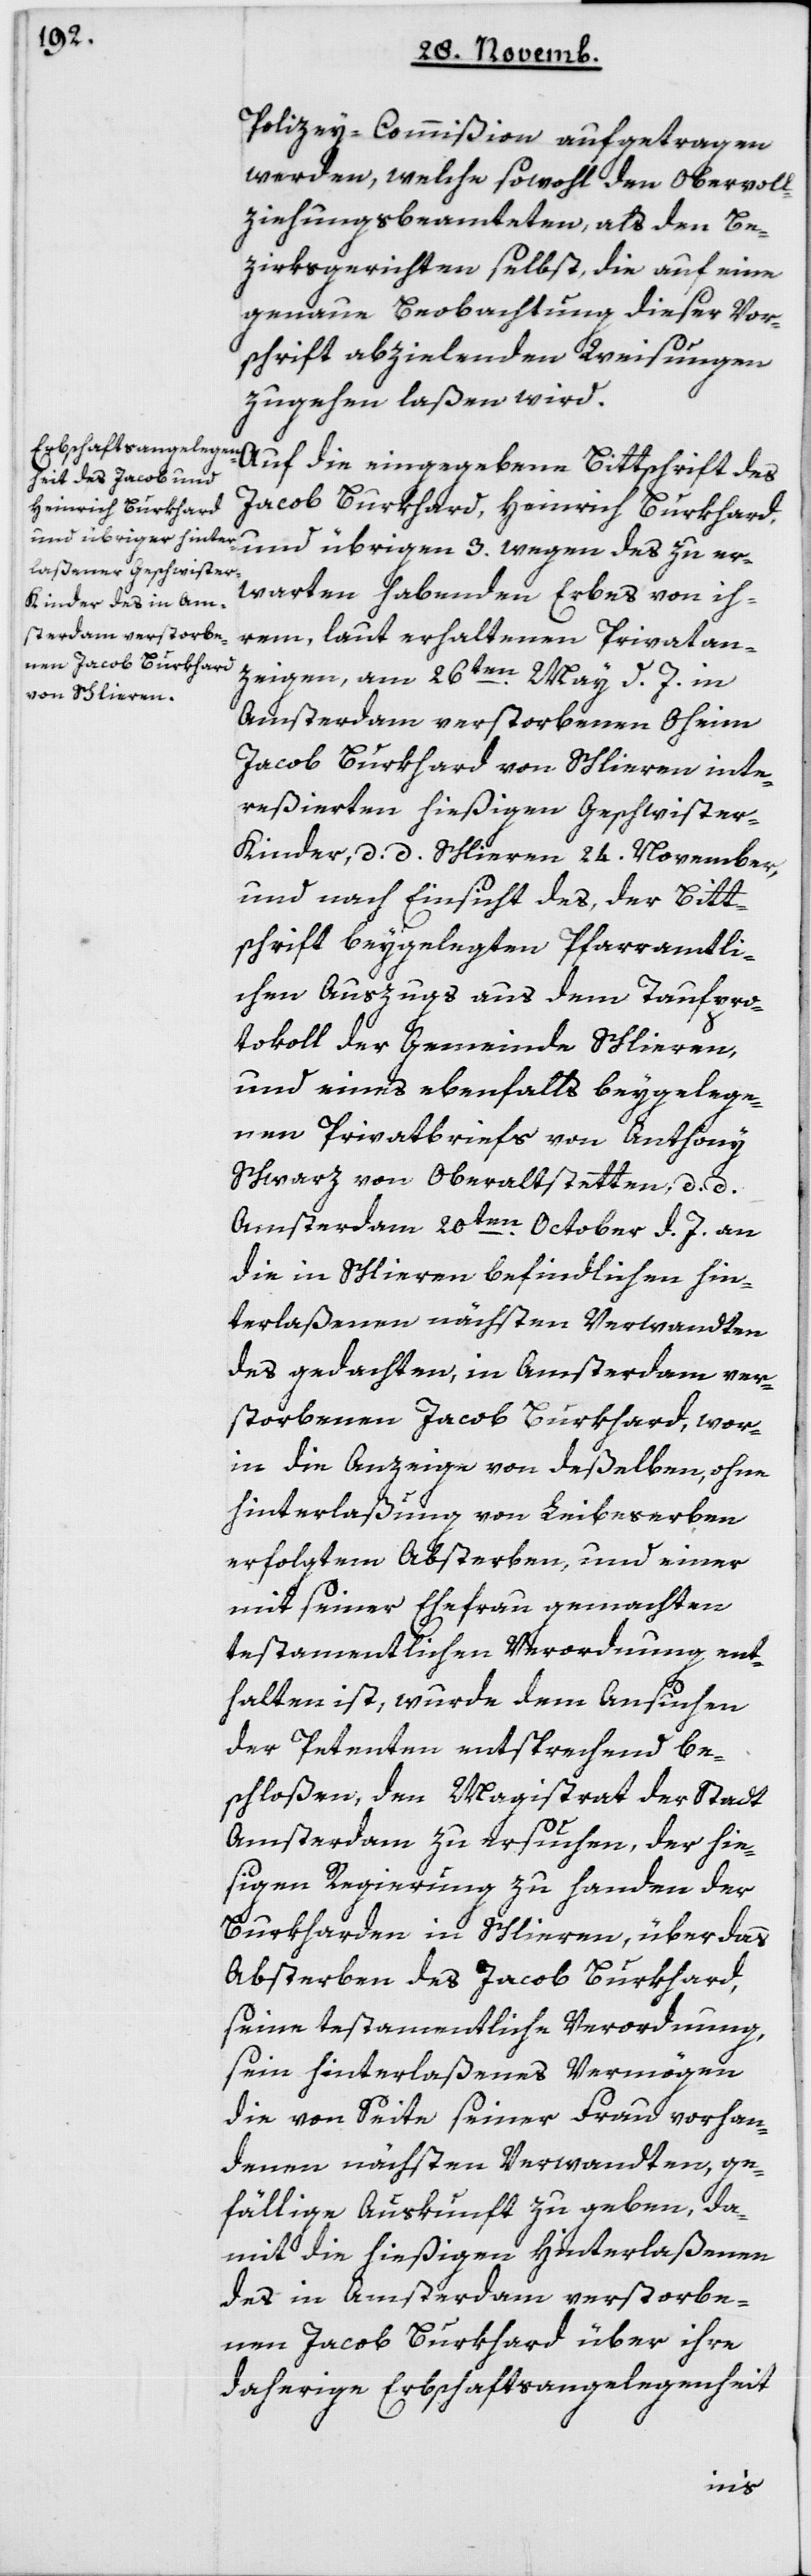
Polizey-Commißion aufgetragen
werden, welche sowohl den Obervoll¬
ziehungs-Beamteten als den Be¬
zirksgerichten selbst, die auf eine
genaue Beobachtung dieser Vor¬
schrift abzielenden Weisungen
zugehen laßen wird.
Auf die eingegeben Bittschrift des
Jacob Burkhard, Heinrich Burkhard,
und übrigen drey wegen des zu er¬
warten habenden Erbes von ih¬
rem, laut erhaltenen Privatan¬
zeigen, am 26ten May d. J. in
Amsterdam verstorbenen Oheim
Jacob Burkhard von Schlieren inte¬
reßierten hießigen Geschwiste¬
r-Kinder, datiert Schlieren 24ten November,
und nach Einsicht des, der Bitt¬
schrift beygelegten pfarramtli¬
chen Auszugs aus dem Taufpro¬
tokoll der Gemeinde Schlieren,
und eines ebenfalls beygelege¬
nen Privatbriefs von Anthony
Schwarz von Oberaltstetten, d. d.
Amsterdam 20ten October d. J. an
die in Schlieren befindlichen Hin¬
terlaßenen nächsten Verwandten
des gedachten, in Amsterdam ver¬
storbenen Jacob Burkhard, wor¬
inn die Anzeige von deßelben, ohne
Hinterlaßung von Leibeserben
erfolgten Absterben, und einer
mit seiner Ehefrau gemachten
testamentlichen Verordnung ent¬
halten ist, wurde dem Ansuchen
der Petenten entsprechend be¬
schloßen, den Magistrat der Stadt
Amsterdam zu ersuchen, der hie¬
ßigen Regierung zu Handen der
Burkharden in Schlieren, über das
Absterben des Jacob Burkhard,
seine testamentliche Verordnung,
sein hinterlaßenes Vermögen,
die von Seite seiner Frau vorhan¬
denen nächsten Verwandten, ge¬
fällige Auskunft zu geben, da¬
mit die hießigen Hinterlaßenen
des in Amsterdam verstorbe¬
nen Jacob Burkhard über ihre
daherige Erbschaftsangelegenheit